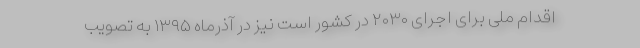
اقدام ملی برای اجرای ۲۰۳۰ در کشور است نیز در آذرماه ۱۳۹۵ به تصویب